Punjab Mental Hospital Lahore 1922-31 - 1922-1931
Year: 1922
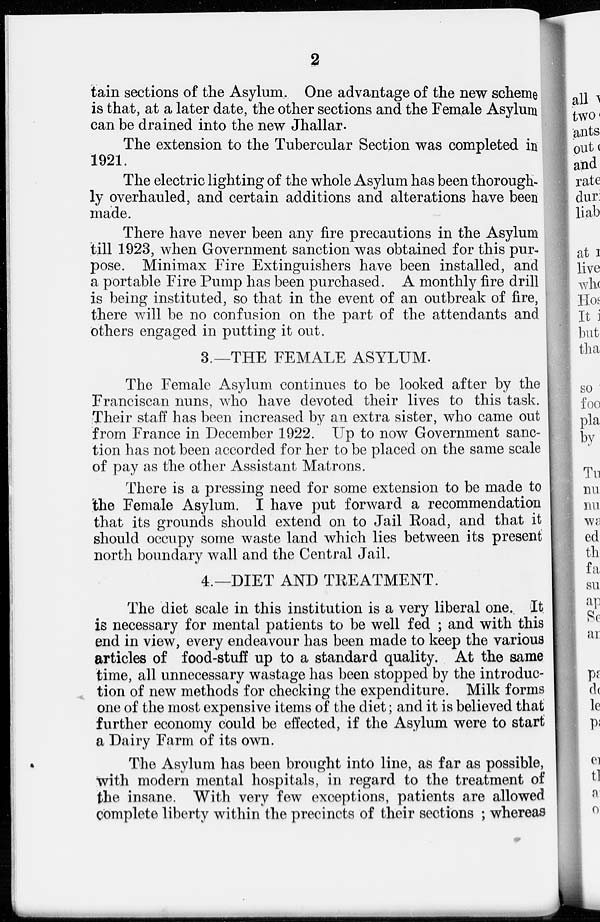
2
tain sections of the Asylum. One advantage of the new scheme
is that, at a later date, the other sections and the Female Asylum
can be drained into the new Jhallar.
The extension to the Tubercular Section was completed in
1921.
The electric lighting of the whole Asylum has been thorough
ly overhauled, and certain additions and alterations have been
made.
There have never been any fire precautions in the Asylum
till 1923, when Government sanction was obtained for this pur-
pose. Minimax Fire Extinguishers have been installed, and
a portable Fire Pump has been purchased. A monthly fire drill
is being instituted, so that in the event of an outbreak of fire,
there will be no confusion on the part of the attendants and
others engaged in putting it out.
3.—THE FEMALE ASYLUM.
The Female Asylum continues to be looked after by the
Franciscan nuns, who have devoted their lives to this task.
Their staff has been increased by an extra sister, who came out
from France in December 1922. Up to now Government sanc-
tion has not been accorded for her to be placed on the same scale
of pay as the other Assistant Matrons.
There is a pressing need for some extension to be made to
the Female Asylum. I have put forward a recommendation
that its grounds should extend on to Jail Road, and that it
should occupy some waste land which lies between its present
north boundary wall and the Central Jail.
4.—DIET AND TREATMENT.
The diet scale in this institution is a very liberal one. It
is necessary for mental patients to be well fed ; and with this
end in view, every endeavour has been made to keep the various
articles of food-stuff up to a standard quality. At the same
time, all unnecessary wastage has been stopped by the introduc-
tion of new methods for checking the expenditure. Milk forms
one of the most expensive items of the diet; and it is believed that
further economy could be effected, if the Asylum were to start
a Dairy Farm of its own.
The Asylum has been brought into line, as far as possible,
with modern mental hospitals, in regard to the treatment of
the insane. With very few exceptions, patients are allowed
complete liberty within the precincts of their sections ; whereas